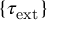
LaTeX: \{ \tau _ { \mathrm { e x t } } \}